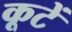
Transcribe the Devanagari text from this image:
कूटें